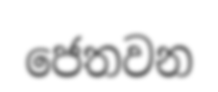
ජෙතවන